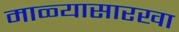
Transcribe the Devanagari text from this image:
माळ्यासारखा